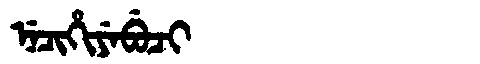
Manchu: ᠨᡝᠴᡳᡥᡳᠶᡝᠪᡠᠴᡳ
Romanization: NECIHIYEBUCI